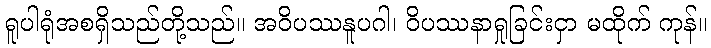
ရူပါရုံအစရှိသည်တို့သည်။ အဝိပဿနူပဂါ၊ ဝိပဿနာရှုခြင်းငှာ မထိုက် ကုန်။